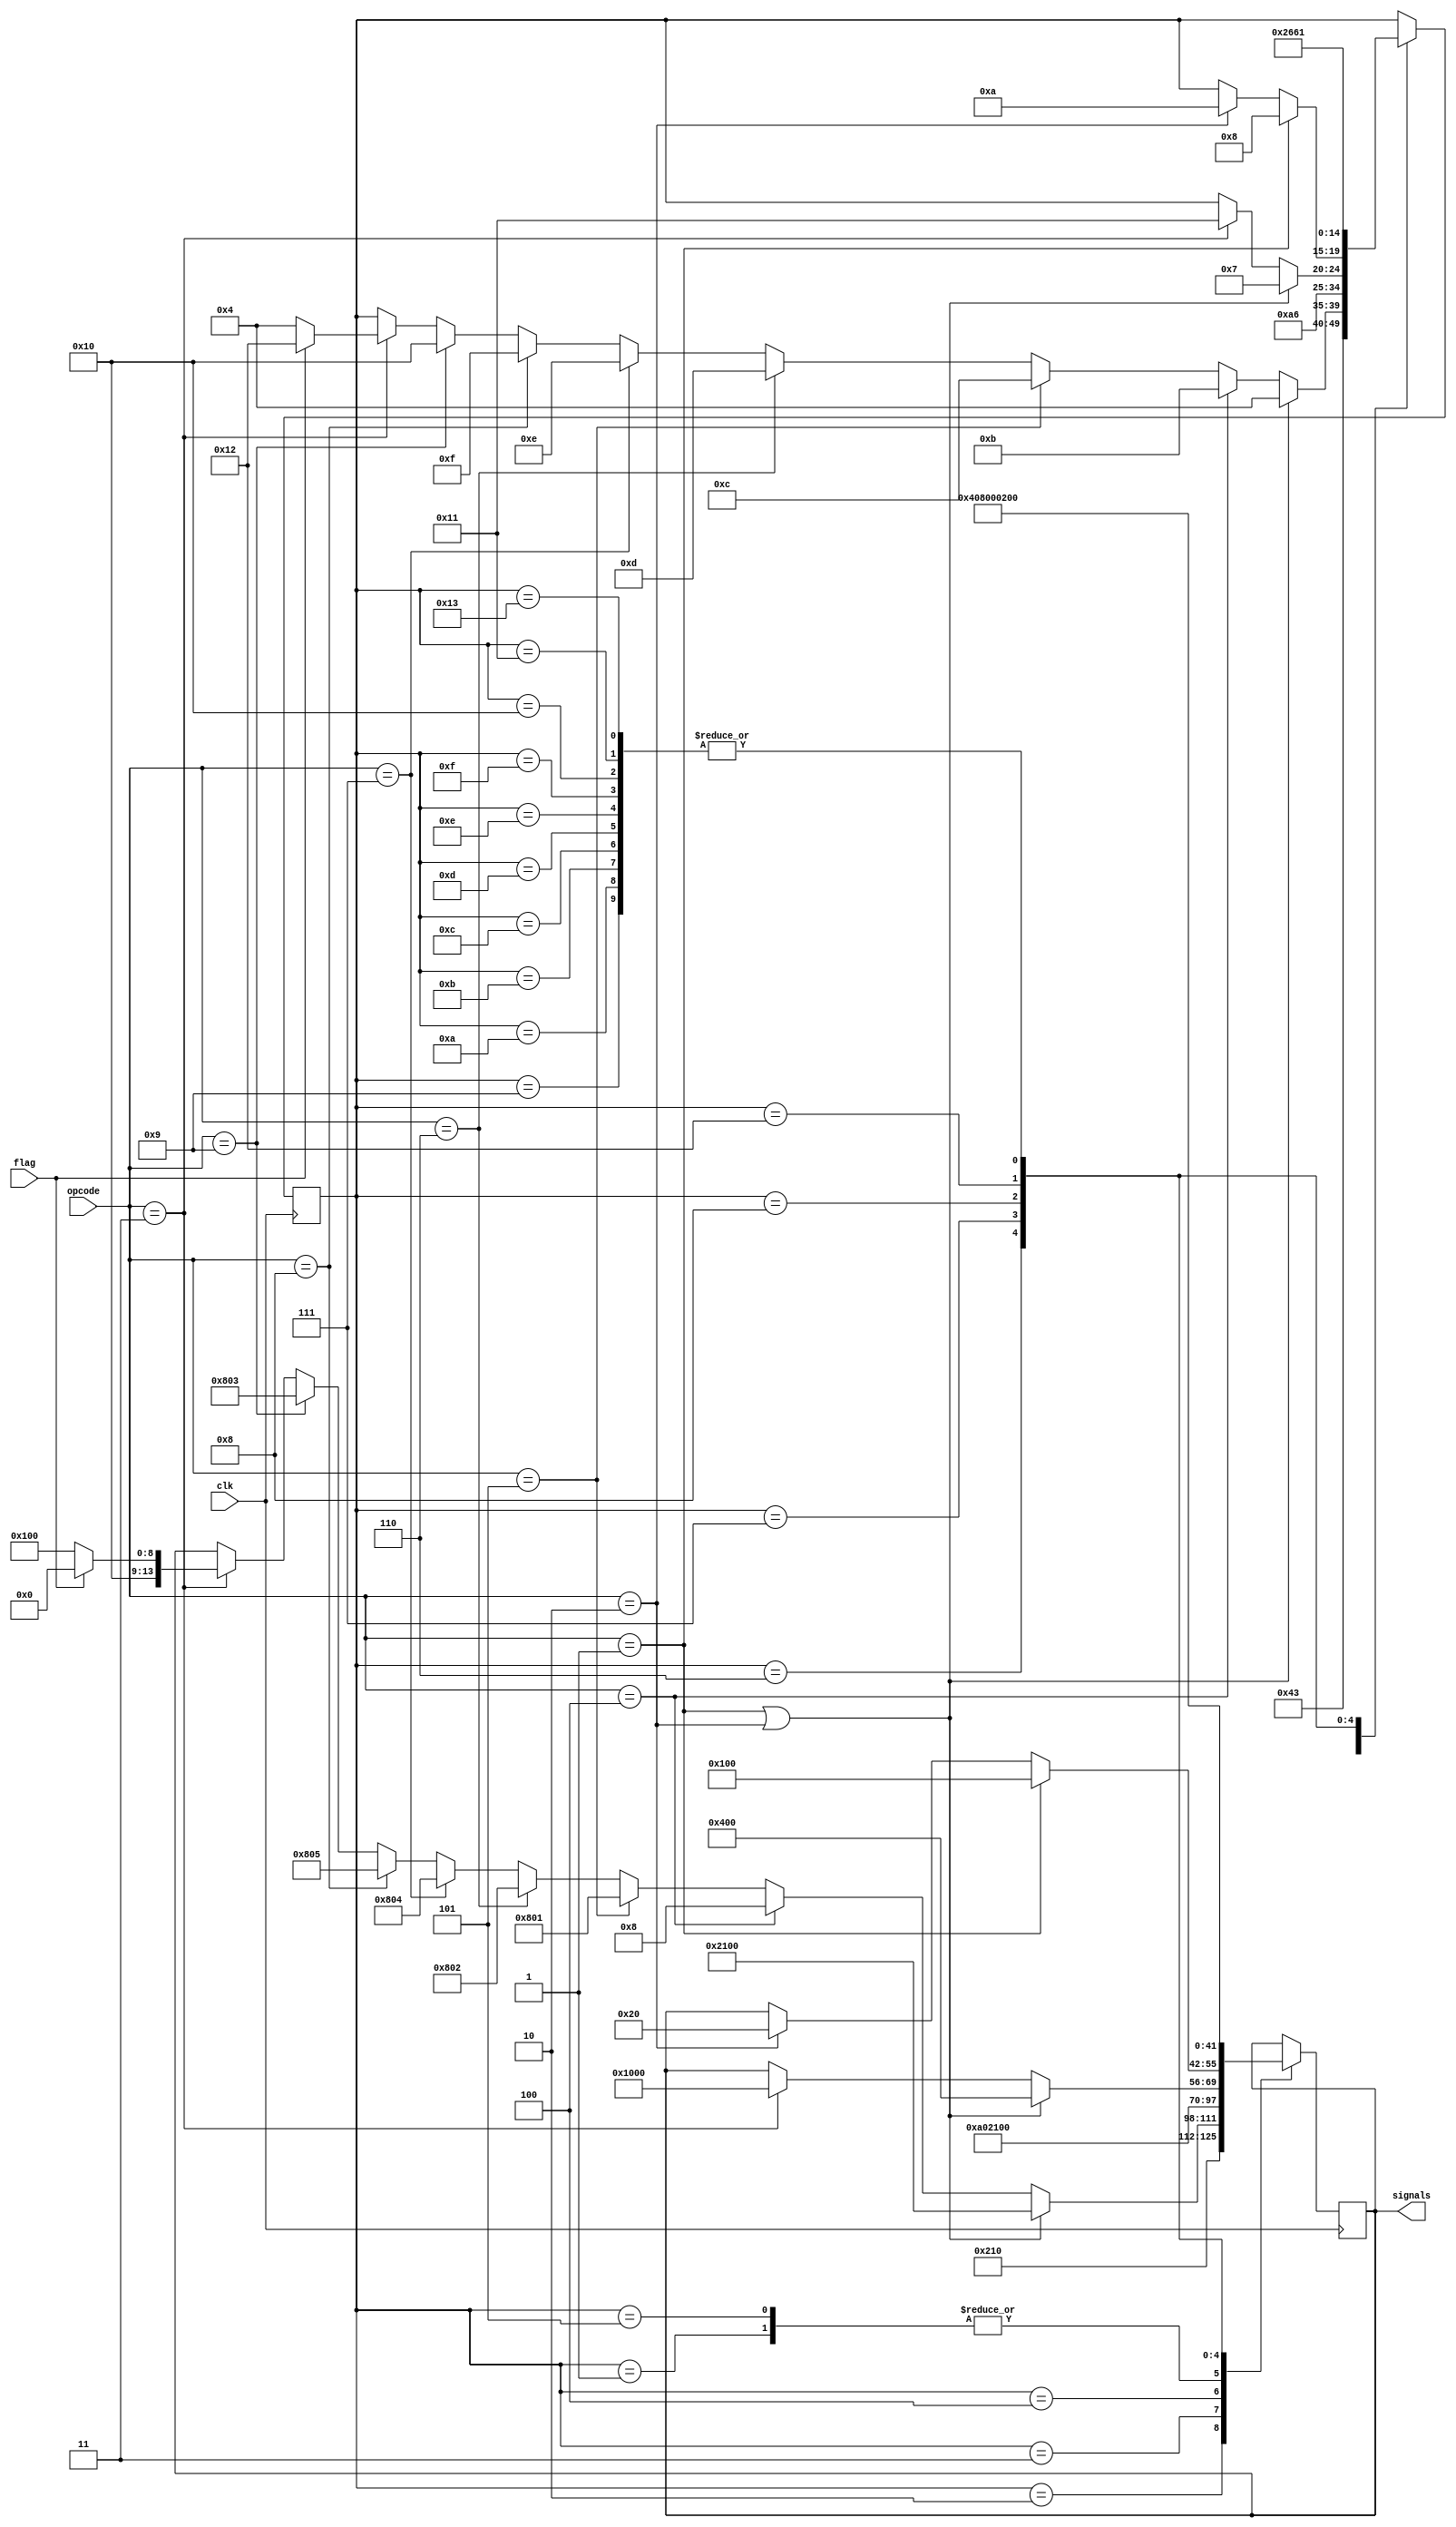
`timescale 1ns / 1ps
//////////////////////////////////////////////////////////////////////////////////
// Company: 
// Engineer: 
// 
// Design Name: 
// Module Name:    ControlUnit 
// Project Name: 
// Target Devices: 
// Tool versions: 
// Description: 
//
// Dependencies: 
//
// Revision: 
// Revision 0.01 - File Created
// Additional Comments: 
//
//////////////////////////////////////////////////////////////////////////////////
module ControlUnit(opcode,flag,signals,clk);
	input [3:0]opcode;
	input flag,clk;
	output [13:0]signals;
	reg [13:0]signals;
	reg [4:0]state;
	
	parameter READ 	   = 4'b0001;
	parameter WRITE    = 4'b0010;
	parameter JPNZ 	   = 4'b0011;
	parameter CLAC 	   = 4'b0100;
	parameter ADD 	   = 4'b0101;
	parameter SUB 	   = 4'b0110;
	parameter R_SHIFT  = 4'b0111;
	parameter L_SHIFT  = 4'b1000;
	parameter INC 	   = 4'b1001;
	
	parameter FETCH1 	= 5'b00001;
    parameter FETCH2    = 5'b00010;
    parameter FETCH3    = 5'b00011;
    parameter MEM1      = 5'b00100;
    parameter MEM2      = 5'b00101;
    parameter MEM3      = 5'b00110;
    parameter MEM4      = 5'b00111;
    parameter READ1     = 5'b01000;
    parameter READ2     = 5'b01001;
    parameter WRITE1    = 5'b01010;
    parameter CLAC1     = 5'b01011;
    parameter ADD1      = 5'b01100;
    parameter SUB1      = 5'b01101;
    parameter R_SHIFT1  = 5'b01110;
    parameter L_SHIFT1  = 5'b01111;
    parameter INC1      = 5'b10000;
    parameter JPNZ1     = 5'b10001;
    parameter JPNZ2     = 5'b10010;
    parameter JPNZ3     = 5'b10011;
    	
	initial
	begin
		state <=5'b00001;
		signals <= 14'b00001000000000;
	end
	
	always @(posedge clk)
		begin
		case (state)
			FETCH1 : begin
				signals <= 14'b10000100000000;
				state <= FETCH2;
			end
			FETCH2 : begin
				signals <= 14'b00001000010000;
				state <= FETCH3;
			end
			FETCH3 : begin
				if(opcode == READ || opcode == WRITE)
				begin
				    signals <= 14'b10000100000000;
					state <= MEM1;
				end
				else if(opcode == CLAC)
				begin
				    signals <= 14'b00000000001000;
					state <= CLAC1;
				end
				else if(opcode == ADD)
				begin
				    signals <= 14'b00100000000001;
					state <= ADD1;
				end
				else if(opcode == SUB)
				begin
				    signals <= 14'b00100000000010;
					state <= SUB1;
				end
				else if(opcode == R_SHIFT)
				begin
				    signals <= 14'b00100000000100;
					state <= R_SHIFT1;
				end
				else if(opcode == L_SHIFT)
                begin
                    signals <= 14'b00100000000101;
                    state <= L_SHIFT1;
                end
				else if(opcode == INC)
				begin
				    signals <= 14'b00100000000011;
					state <= INC1;
				end
				else if(opcode == JPNZ)
					if(~flag)
					begin
					    signals <= 14'b10000100000000;
						state <= MEM1;
					end
					else
					begin
					    signals <= 14'b10000000000000;
						state <= JPNZ2;
					end
			end
			MEM1 : begin
			    signals <= 14'b00001010000000;
				state <= MEM2;
			end
			MEM2 : begin
			    signals <= 14'b10000100000000;
				state <= MEM3;
			end
			MEM3 : begin
				if(opcode == READ || opcode == WRITE)
				begin
				    signals <= 14'b00010000000000;
					state <= MEM4;
				end
				else if(opcode == JPNZ)
				begin
				    signals <= 14'b01000000000000;
					state <= JPNZ1;
				end
			end
			MEM4 : begin
				if(opcode == READ)
				begin
				    signals <= 14'b00000100000000;
					state <= READ1;
				end
				else if(opcode == WRITE)
				begin
				    signals <= 14'b00000000100000;
					state <= WRITE1;
				end
			end
			READ1 : begin
				signals <= 14'b00000001000000;
				state <= READ2;
			end
			READ2 : begin
                signals <= 14'b00001000000000;
                state <= FETCH1;
            end
			WRITE1 : begin
				signals <= 14'b00001000000000;
				state <= FETCH1;
			end
			CLAC1 : begin
				signals <= 14'b00001000000000;
				state <= FETCH1;
			end
			ADD1 : begin
				signals <= 14'b00001000000000;
				state <= FETCH1;
			end
			SUB1 : begin
				signals <= 14'b00001000000000;
				state <= FETCH1;
			end
			R_SHIFT1 : begin
				signals <= 14'b00001000000000;
				state <= FETCH1;
			end
			L_SHIFT1 : begin
                signals <= 14'b00001000000000;
                state <= FETCH1;
            end
			INC1 : begin
				signals <= 14'b00001000000000;
				state <= FETCH1;
			end
			JPNZ1 : begin
			    signals <= 14'b00001000000000;
				state <= FETCH1;
			end
			JPNZ2 : begin
				signals <= 14'b10000000000000;
				state <= JPNZ3;
			end
			JPNZ3 : begin
				signals <= 14'b00001000000000;
				state <= FETCH1;
			end
		endcase
	end
endmodule